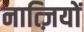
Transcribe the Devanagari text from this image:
नात्ज़ियों